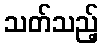
သတ်သည့်